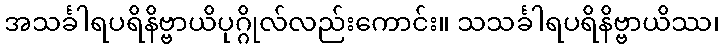
အသင်္ခါရပရိနိဗ္ဗာယိပုဂ္ဂိုလ်လည်းကောင်း။ သသင်္ခါရပရိနိဗ္ဗာယိဿ၊